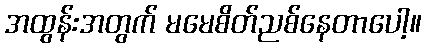
အထွန်းအတွက် မမေစိတ်ညစ်နေတာပေါ့။